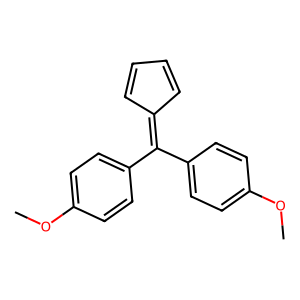
SMILES: COc1ccc(C(=C2C=CC=C2)c2ccc(OC)cc2)cc1
Inhibits HIV replication: No